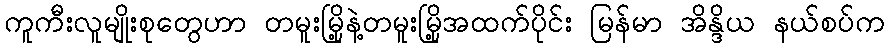
ကူကီးလူမျိုးစုတွေဟာ တမူးမြို့နဲ့တမူးမြို့အထက်ပိုင်း မြန်မာ အိန္ဒိယ နယ်စပ်က